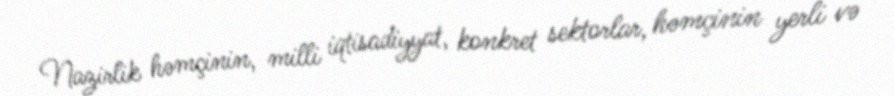
Nazirlik həmçinin, milli iqtisadiyyat, konkret sektorlar, həmçinin yerli və